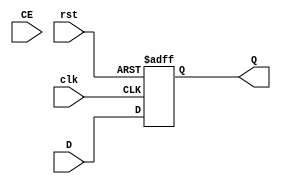
`timescale 1ns / 1ps
//////////////////////////////////////////////////////////////////////////////////
// Company: 
// Engineer: 
// 
// Design Name: 
// Module Name: PC
// Project Name: 
// Target Devices: 
// Tool Versions: 
// Description: 
// 
// Dependencies: 
// 
// Revision:
// Revision 0.01 - File Created
// Additional Comments:
// 
//////////////////////////////////////////////////////////////////////////////////


module PC(
    input clk,
    input rst,
    input CE,
    input[31:0] D,
    output reg[31:0] Q
);
    always @(posedge clk or posedge rst)begin
        if(rst) Q <= 32'b0;
        else Q <= D;
    end
endmodule